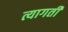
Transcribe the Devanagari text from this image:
त्यागतीं